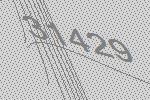
31429